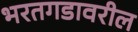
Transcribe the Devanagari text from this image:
भरतगडावरील